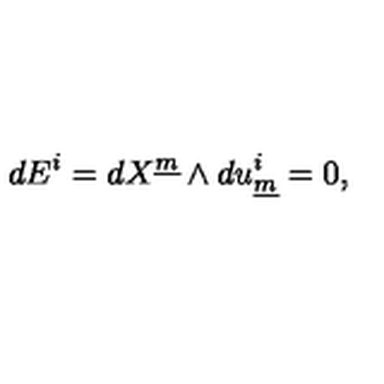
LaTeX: d E ^ { i } = d X ^ { \underline { { m } } } \wedge d u _ { \underline { { m } } } ^ { i } = 0 , \qquad